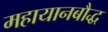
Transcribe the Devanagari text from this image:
महायानबौद्ध